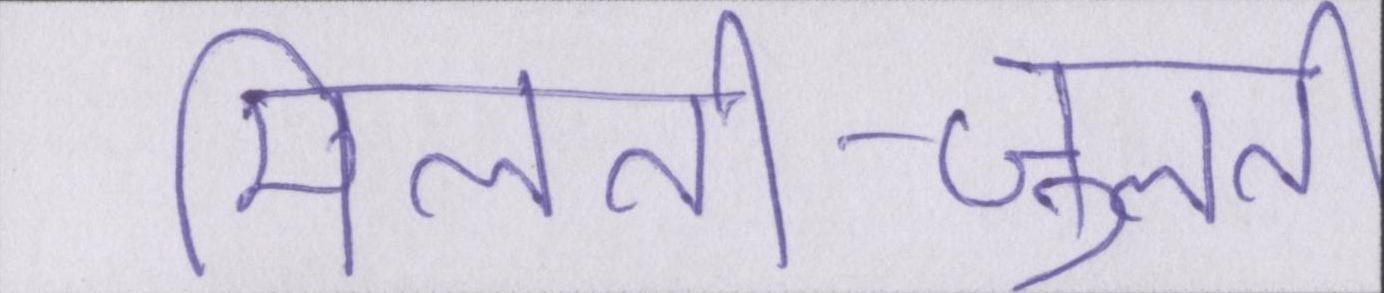
मिलती-जुलती